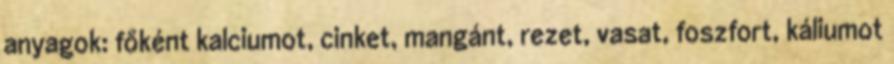
anyagok: főként kalciumot, cinket, mangánt, rezet, vasat, foszfort, káliumot